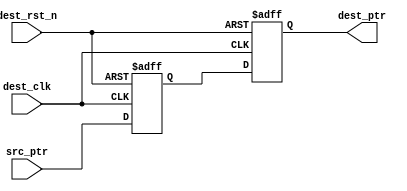
module sync_ptr

    #(
    parameter ASIZE = 4
    )(
    input  wire              dest_clk,
    input  wire              dest_rst_n,
    input  wire [ASIZE:0] src_ptr,
    output reg  [ASIZE:0] dest_ptr
    );

    reg [ASIZE:0] ptr_x;

    always @(posedge dest_clk or negedge dest_rst_n) begin

        if (!dest_rst_n)
            {dest_ptr,ptr_x} <= 0;
        else
            {dest_ptr,ptr_x} <= {ptr_x,src_ptr};
    end

endmodule